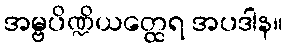
အမ္ဗပိဏ္ဍိယတ္ထေရ အပဒါန။